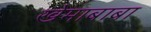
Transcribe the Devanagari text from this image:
खेमाबाबा